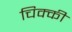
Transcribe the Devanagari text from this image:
चिक्‍की